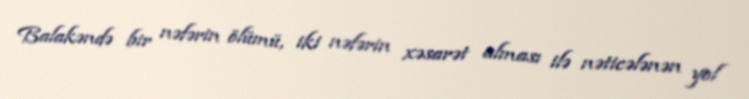
Balakəndə bir nəfərin ölümü, iki nəfərin xəsarət alması ilə nəticələnən yol